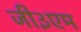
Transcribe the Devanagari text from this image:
जी३एम